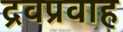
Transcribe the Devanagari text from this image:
द्रवप्रवाह